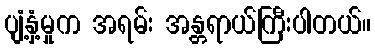
ပျံ့နှံ့မှုက အရမ်း အန္တရာယ်ကြီးပါတယ်။